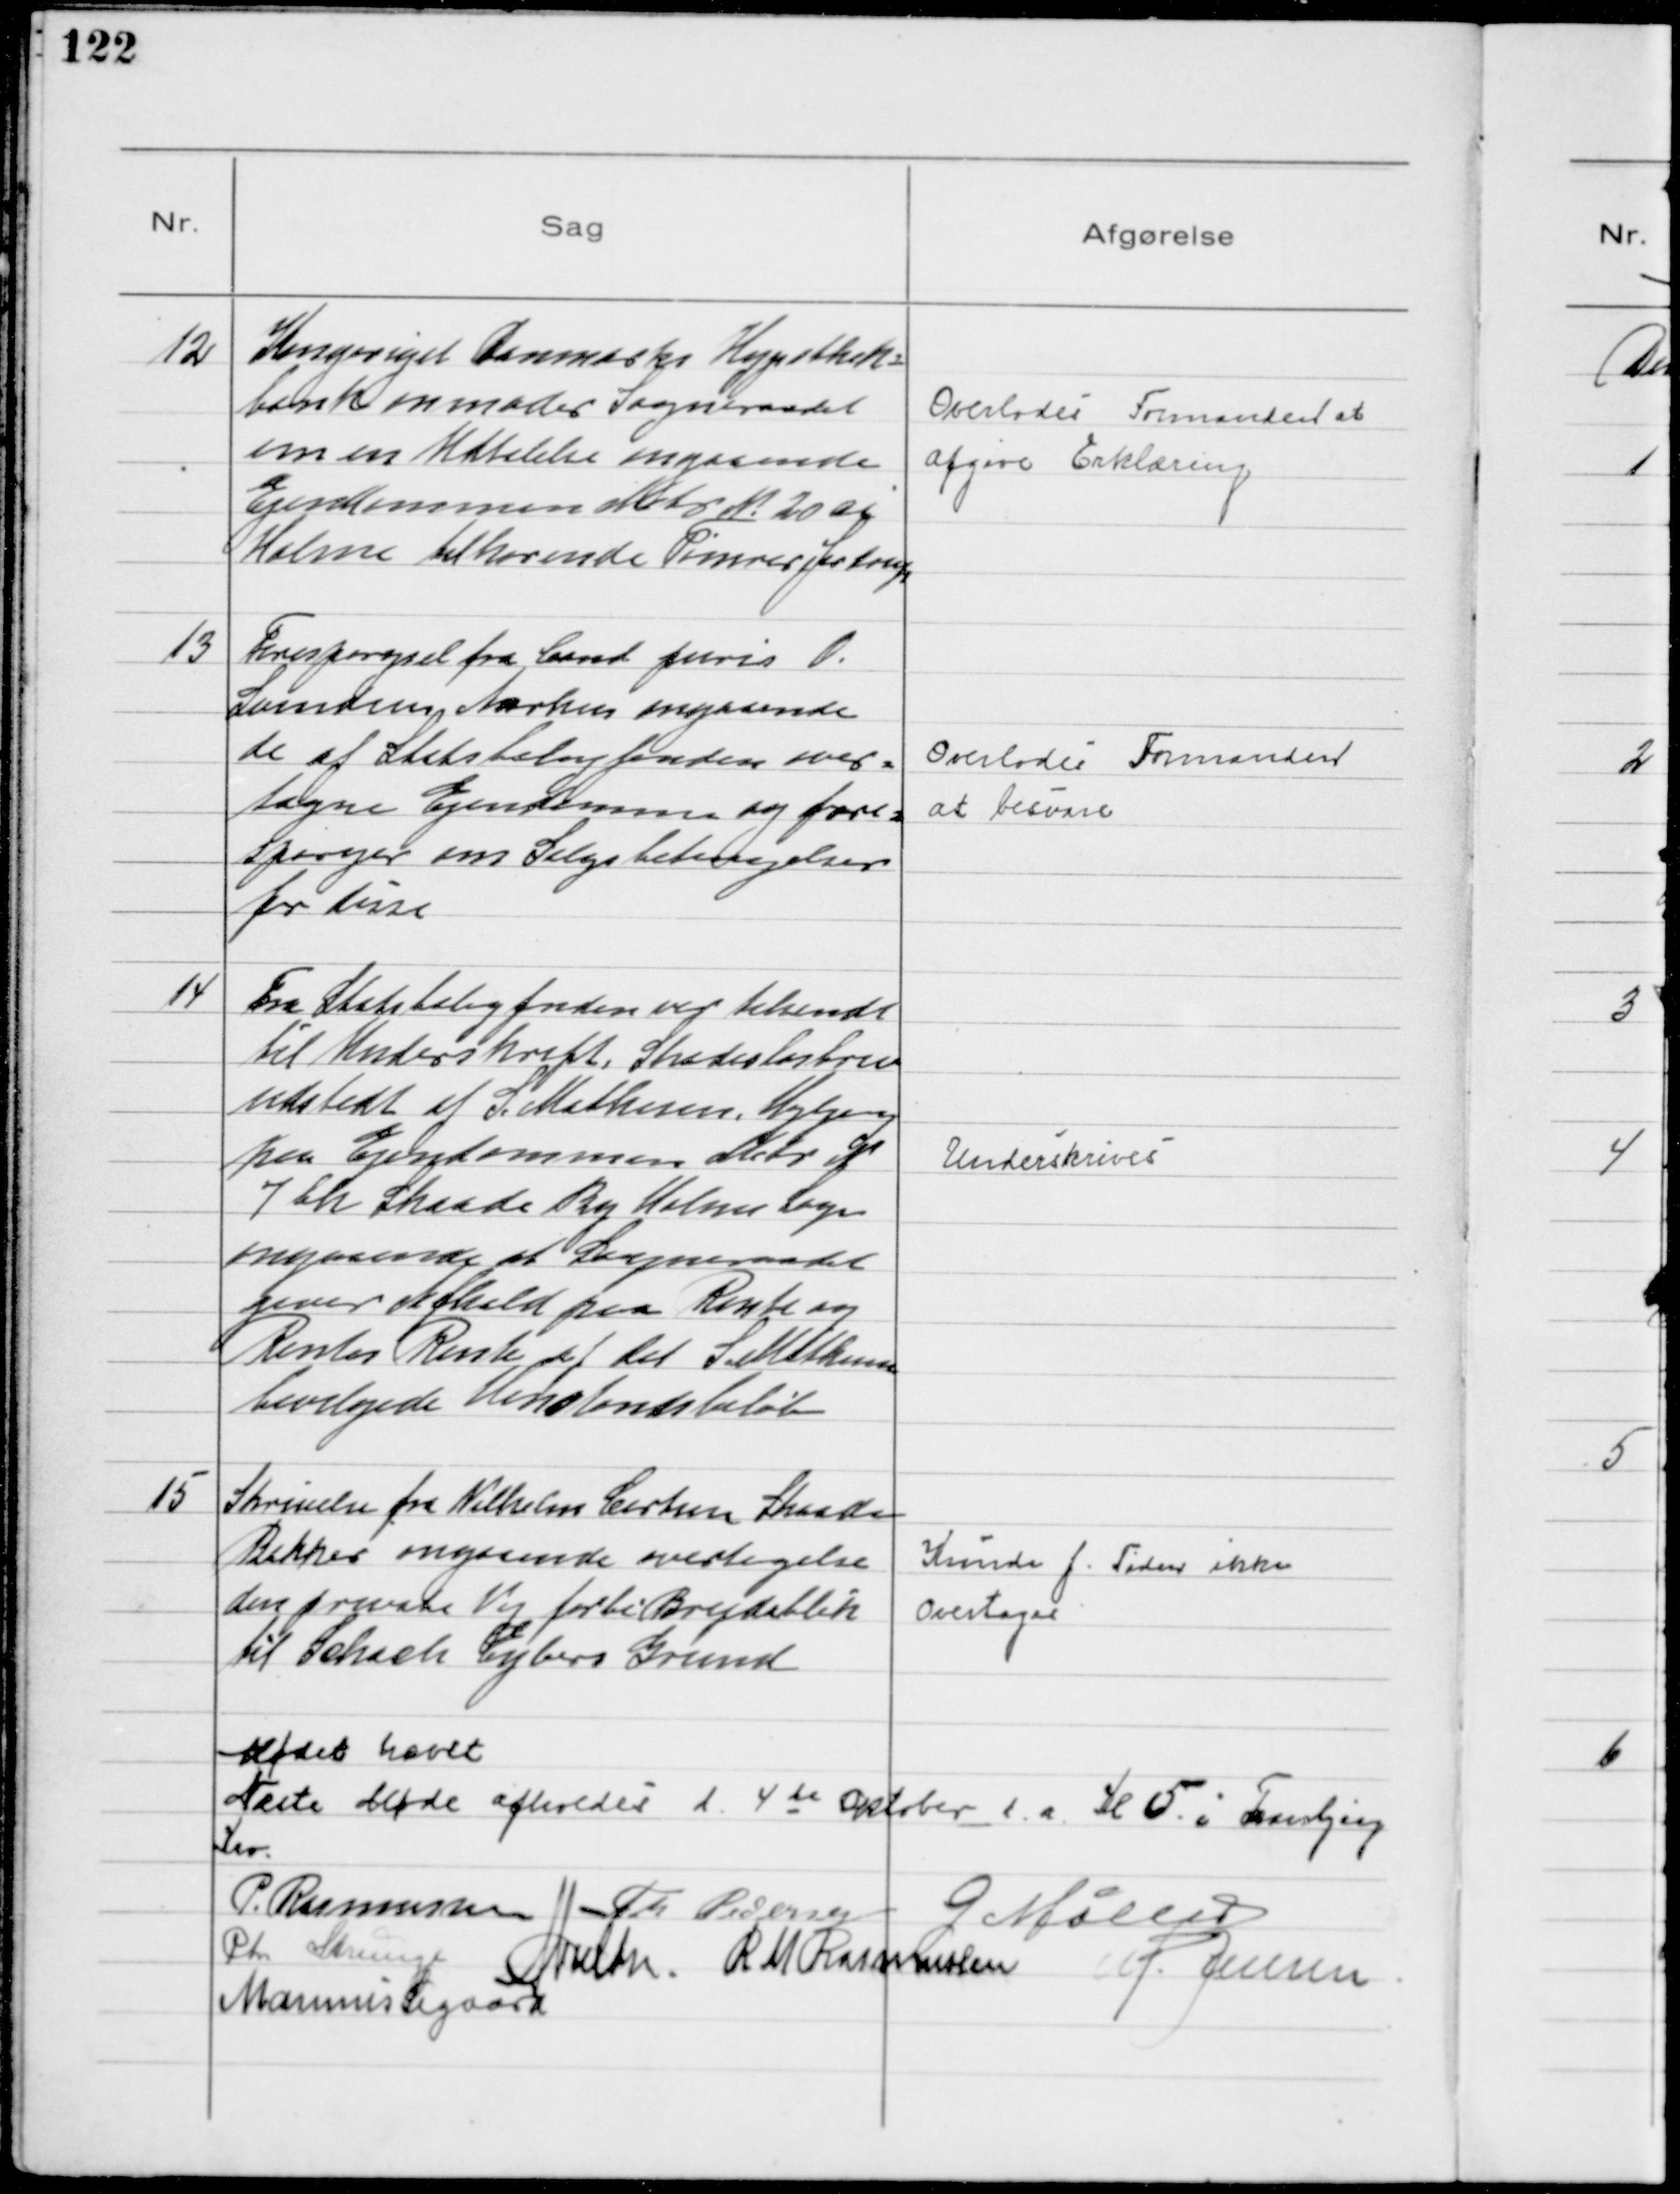
Transskription:
12
Kongeriget Danmarks Hypotheks=
bank anmoder Sogneraadet
om en Udtalelse angaaende
Ejendommen Matr № 20 ai
Holme tilhørende Tømrer Jastrup

Overlodes Formanden at
afgive Erklæring

13
Forespørgsel fra Cand Juris O.
Svendsen Aarhus angaaende
de af Statsboligfonden over=
tagne Ejendomme og fore=
spørger om Salgsbetingelser
for disse

Overlodes Formanden
at besvare

14
Fra Statsboligfonden var tilsendt
til Underskrift, Skadesløsbrev
udstedt af S. Mathisen, Højbjerg
paa Ejendommen Matr N
7 bh Skaade By Holme Sogn
angaaende at Sogneraadet
giver Afkald paa Rente og
Rentes Rente af det S. Mathisen
bevilgede Henstandsbeløb

Underskrives

15
Skrivelse fra Vilhelm Carlsen Skaade
Bakker angaaende overtagelse
den private Vej forbi Brejdablik
til Schach Eybers Grund

Kunde f. Tiden ikke
Overtages

Mødet hævet
Næste Møde afholdes d. 4 de Oktober d. a. Kl 5 i Tranbjerg
Kro.
P. Rasmussen Th Pedersen G Møller
Chr Strunge N Nielsen. R M Rasmussen M. Jensen
Marinus Sigaard